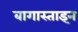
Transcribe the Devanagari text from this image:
बागास्ताइन